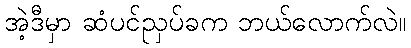
အဲ့ဒီမှာ ဆံပင်ညှပ်ခက ဘယ်လောက်လဲ။